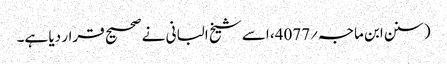
(سنن ابن ماجہ؍4077، اسے شیخ البانی نے صحیح قرار دیا ہے۔